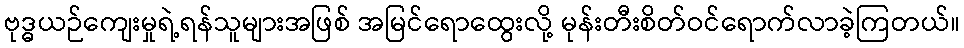
ဗုဒ္ဓယဉ်ကျေးမှုရဲ့ရန်သူများအဖြစ် အမြင်ရောထွေးလို့ မုန်းတီးစိတ်ဝင်ရောက်လာခဲ့ကြတယ်။